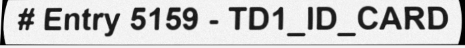
# Entry 5159 - TD1_ID_CARD